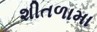
શીતળામા